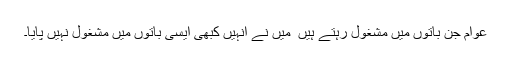
عوام جن باتوں میں مشغول رہتے ہیں ٗ میں نے انہیں کبھی ایسی باتوں میں مشغول نہیں پایا۔